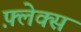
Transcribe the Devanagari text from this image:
फ़्लेक्स